Civil Veterinary Dept. North-West Frontier Province 1923-32 - 1923-1932
Year: 1923
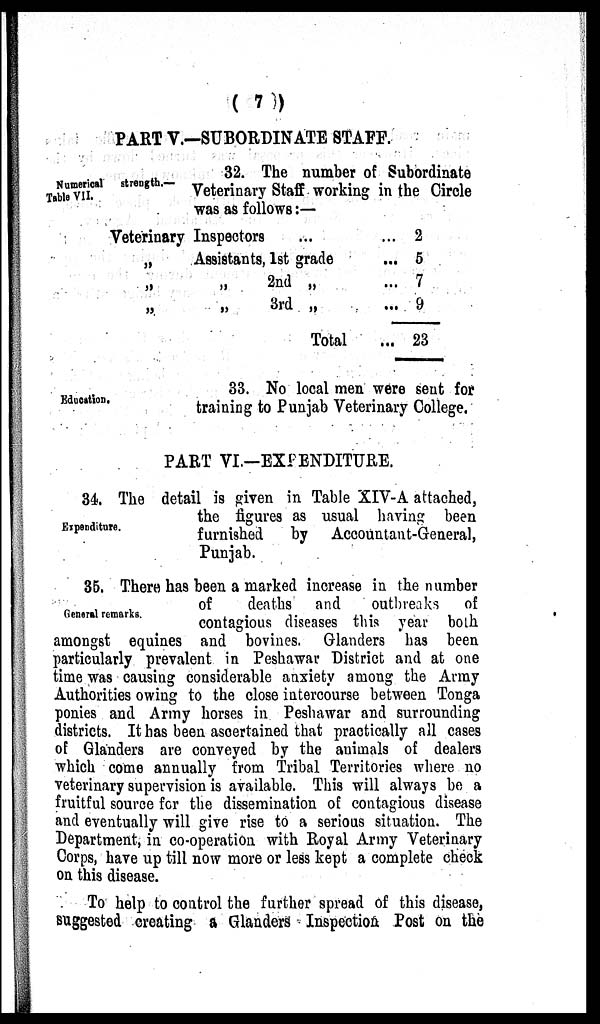
(7)
PART V.—SUBORDINATE STAFF.
Numerical
strength.—
Table VII.
32. The number of Subordinate
Veterinary Staff working in the Circle
was as follows:—
Veterinary Inspectors ...
„
Assistants, 1st grade ...
„
„
2nd „ ... ...
„
„
3rd „ ... ...
Total
2
5
7
9
23
Education.
33. No local men were sent for
training to Punjab Veterinary College.
PART VI.-EXPENDITURE.
Expenditure.
34. The detail is given in Table XIV-A attached,
the figures as usual having been
furnished
by Accountant-General,
Punjab.
General remarks.
35. There has been a marked increase in the number
of
deaths and
outbreaks of
contagious diseases this year both
amongst equines and bovines. Glanders has been
particularly prevalent in Peshawar District and at one
time was causing considerable anxiety among the Army
Authorities owing to the close intercourse between Tonga
ponies and Army horses in Peshawar and surrounding
districts. It has been ascertained that practically all cases
of Glanders are conveyed by the animals of dealers
which come annually from Tribal Territories where no
veterinary supervision is available. This will always be a
fruitful source for the dissemination of contagious disease
and eventually will give rise to a serious situation. The
Department, in co-operation with Royal Army Veterinary
Corps, have up till now more or less kept a complete check
on this disease.
To help to control the further spread of this disease,
suggested creating a Glanders Inspection Post on the